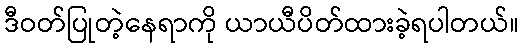
ဒီဝတ်ပြုတဲ့နေရာကို ယာယီပိတ်ထားခဲ့ရပါတယ်။